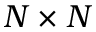
N \times N